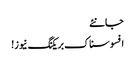
جانئے
افسوسناک بریکنگ نیوز!